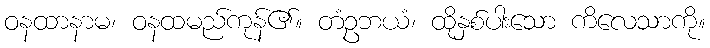
ဝနထာနာမ၊ ဝနထမည်ကုန်၏။ တံဥဘယံ၊ ထိုနှစ်ပါးသော ကိလေသာကို။